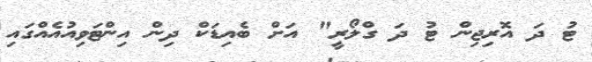
ޓު ދަ އޮރިޖިން ޓު ދަ ގްލޯރީ" އަށް ބެއިޑަކް ދިން އިންޓަވިއުއެއްގައި